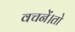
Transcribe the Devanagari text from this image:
वचनें।तो